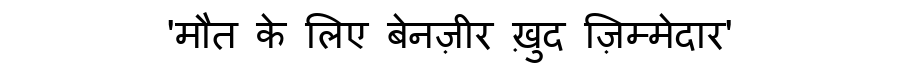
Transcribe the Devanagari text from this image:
'मौत के लिए बेनज़ीर ख़ुद ज़िम्मेदार'